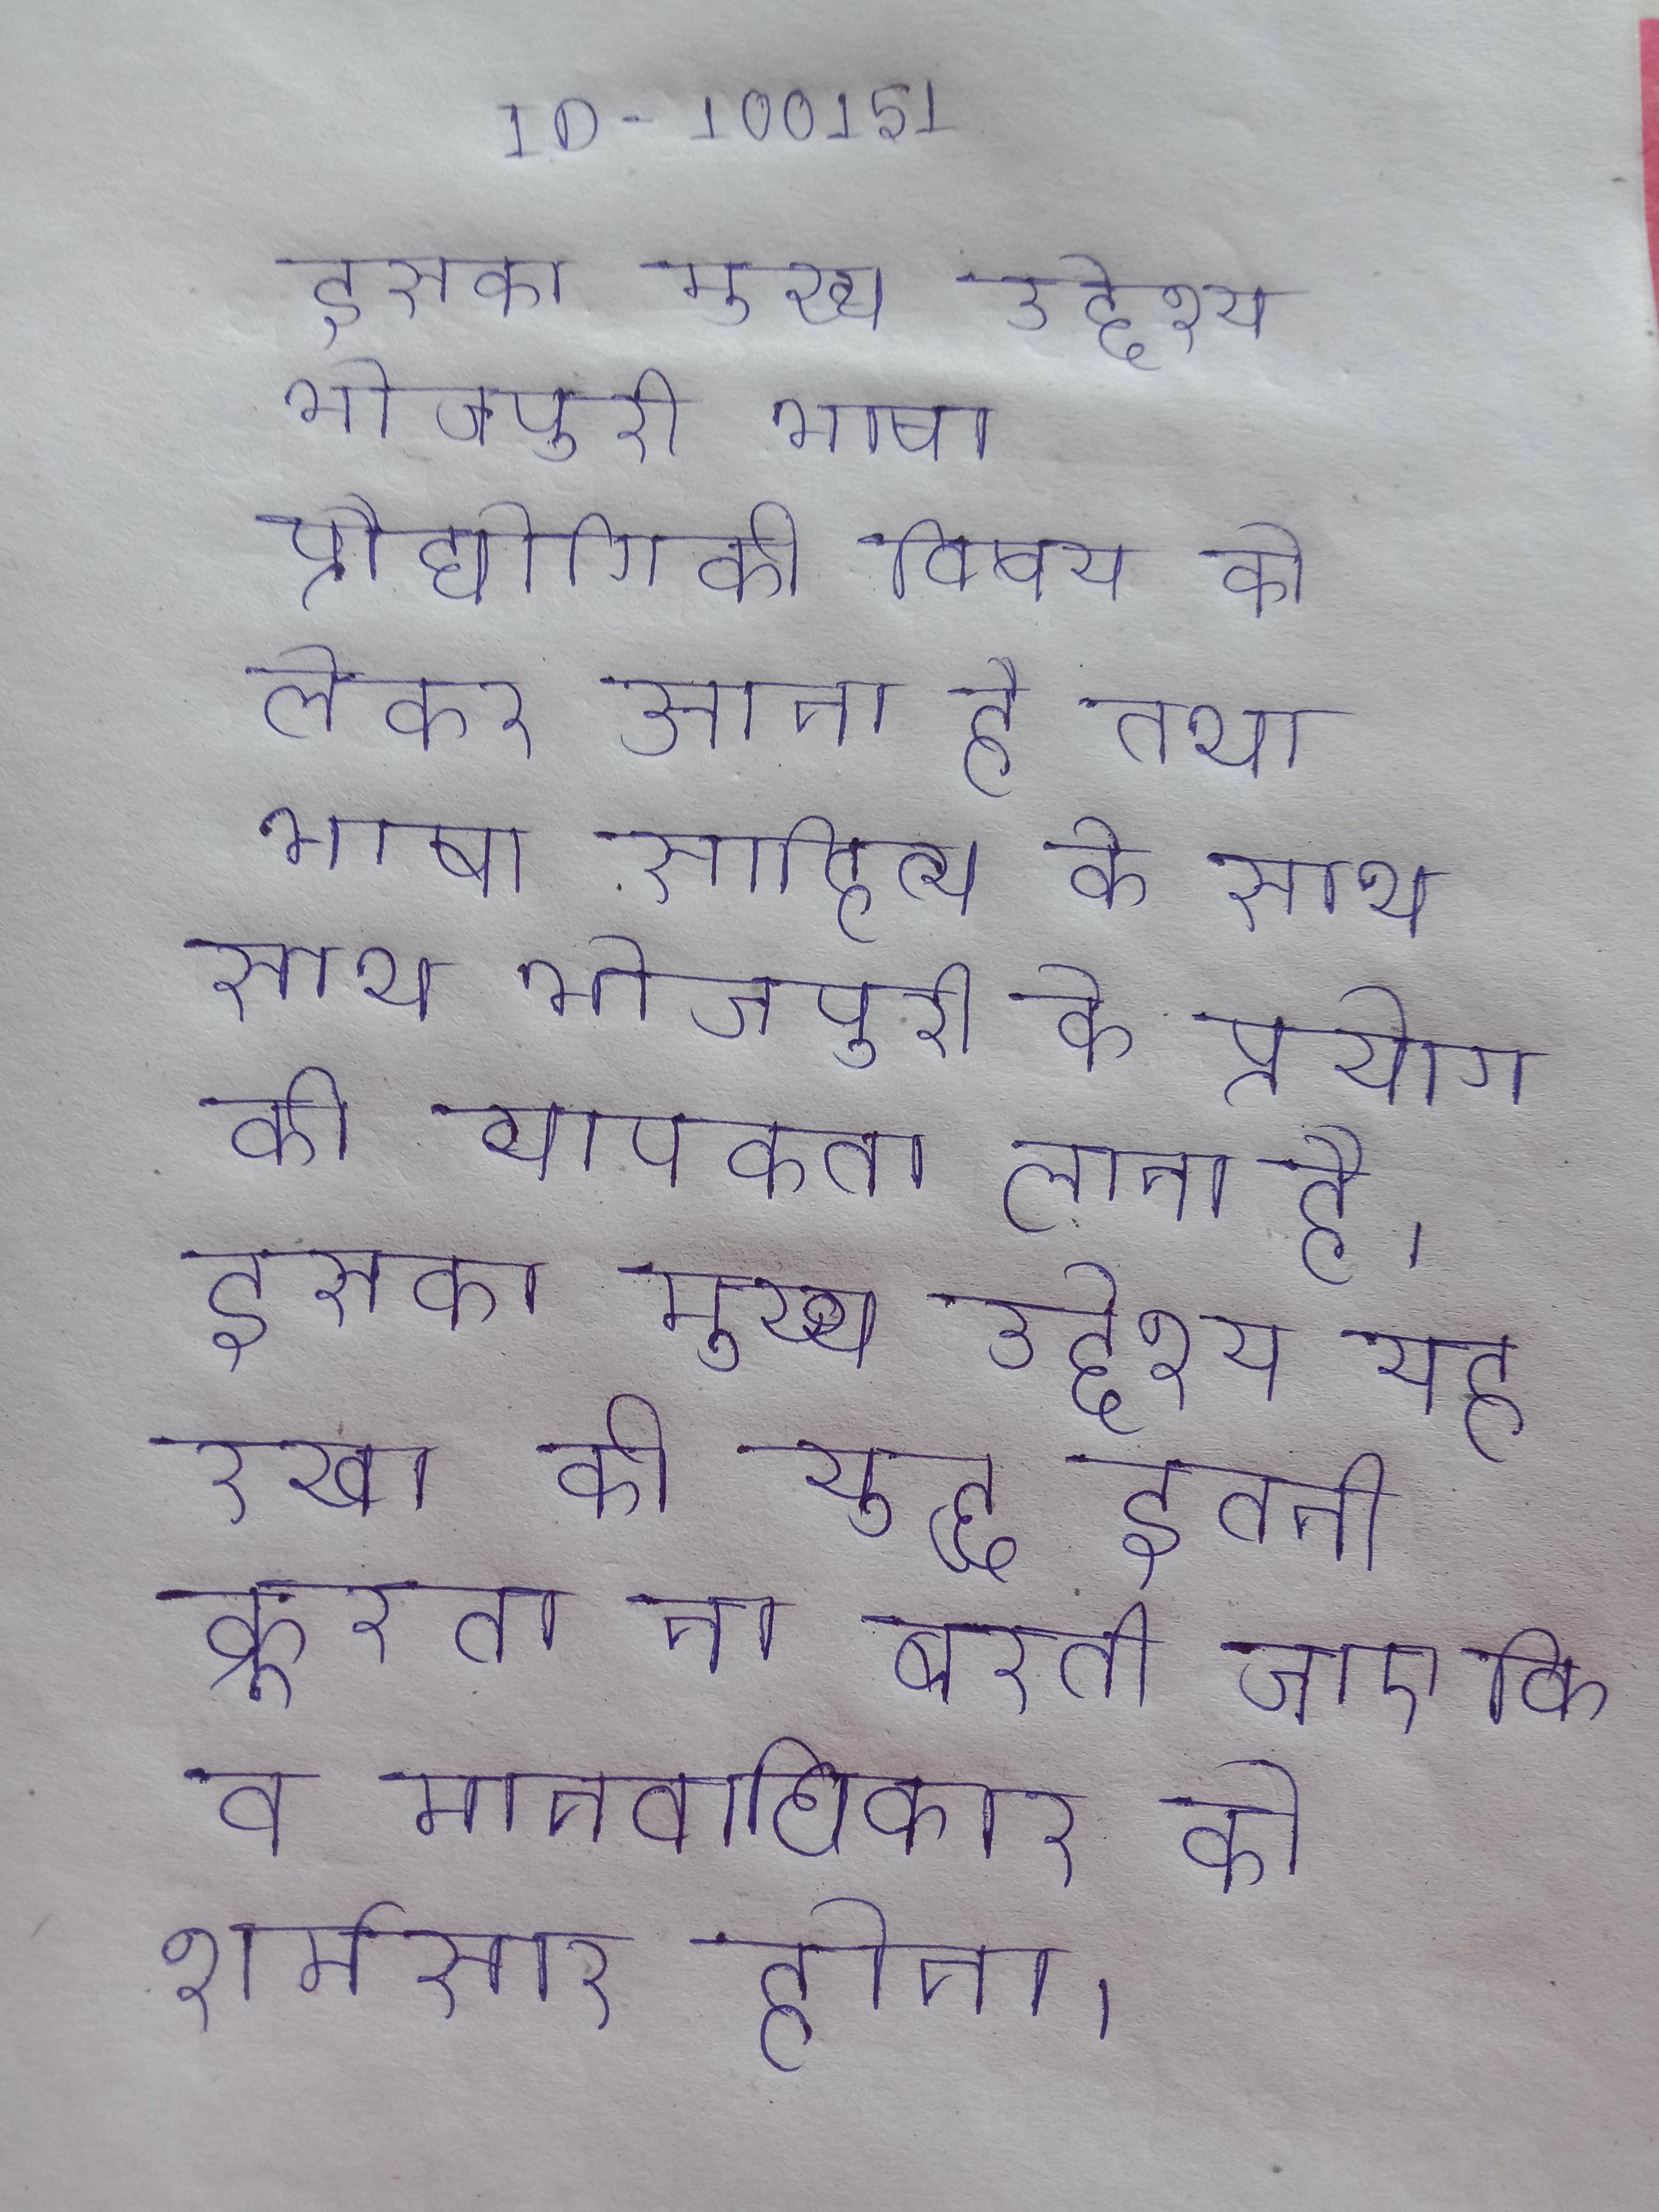
इसका मुख्य उद्देश्य भोजपुरी भाषा प्रौद्योगिकी विषय को लेकर आना है तथा भाषा साहित्य के साथ साथ भोजपुरी के प्रयोग की व्यापकता लाना है । इसका मुख्य उद्देश्य यह रखा की युद्ध इतनी क्रूरता ना बरती जाए कि व मानवाधिकार को शर्मसार होना ।